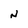
Character: N